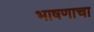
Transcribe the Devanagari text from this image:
भाषणाचा